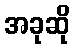
အခုဆို